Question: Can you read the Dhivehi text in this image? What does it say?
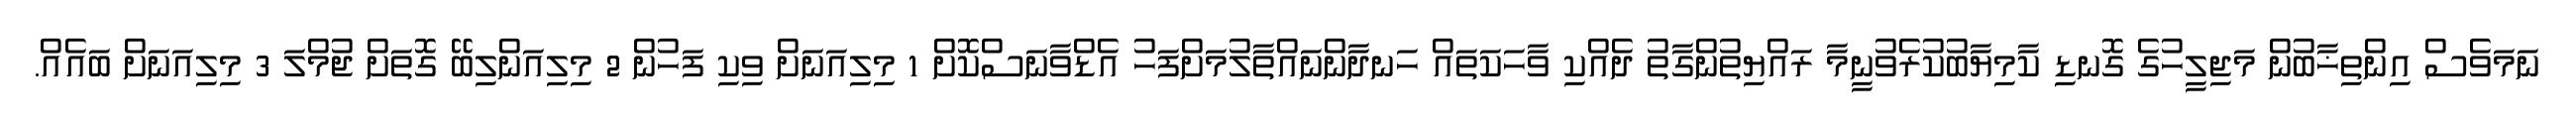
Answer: ނަމަވެސް އިންތިޚާބުން މަޖިލީހުގެ ގޮނޑި ކާމިޔާބުކުރެވުނީމާ ރައްޔިތުންގާތު ދެއްކި ވާހަކަތައް ހަނދާންނައްތާލުމަށްފަހު އެޑްވާނަސްކޮށް 1 މިލިއަނަށް ވިކި ފަހުން 2 މިލިއަންލިބޭ ގޮތަށް ޖުމްލަ 3 މިލިއަނަށް ބައެއް.